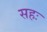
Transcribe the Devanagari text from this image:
सहः